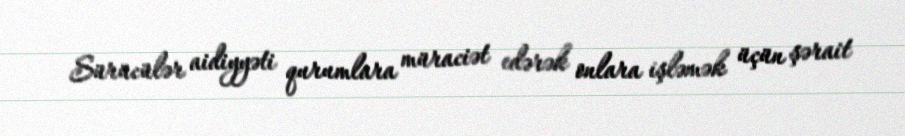
Sürücülər aidiyyəti qurumlara müraciət edərək onlara işləmək üçün şərait